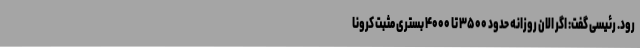
رود. رئیسی گفت: اگر الان روزانه حدود ۳۵۰۰ تا ۴۰۰۰ بستری مثبت کرونا